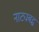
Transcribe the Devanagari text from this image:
नाट्यबद्ध